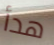
هدأ